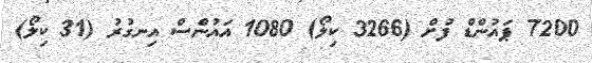
7200 ޕައުންޑް ފުށް (3266 ކިލޯ) 1080 އައުންސް އިނގުރު (31 ކިލޯ)